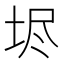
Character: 𡋤